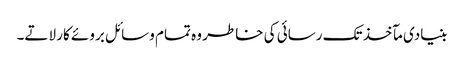
بنیادی مآخذ تک رسائی کی خاطر وہ تمام وسائل بروئے کار لاتے۔